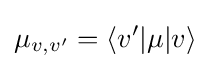
{{\mu }_{v,v'}}=\left\langle v'|\mu |v\right\rangle